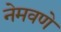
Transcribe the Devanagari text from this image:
नेमवणे